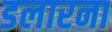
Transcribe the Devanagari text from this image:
डलारना